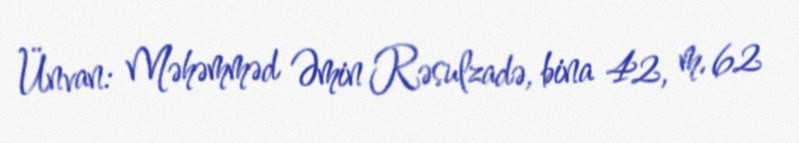
Ünvan: Məhəmməd Əmin Rəsulzadə, bina 42, m. 62